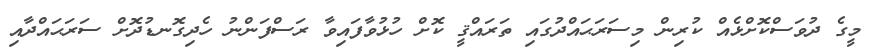
މީގެ ދުވަސްކޮށްޅެއް ކުރިން މިސަރަޙައްދުގައި ތަރައްޤީ ކޮށް ހުޅުވާފައިވާ ރަސްފަންނު ހެދިގޮނޑުދޮށް ސަރަޙައްދާއި